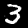
Label: 3